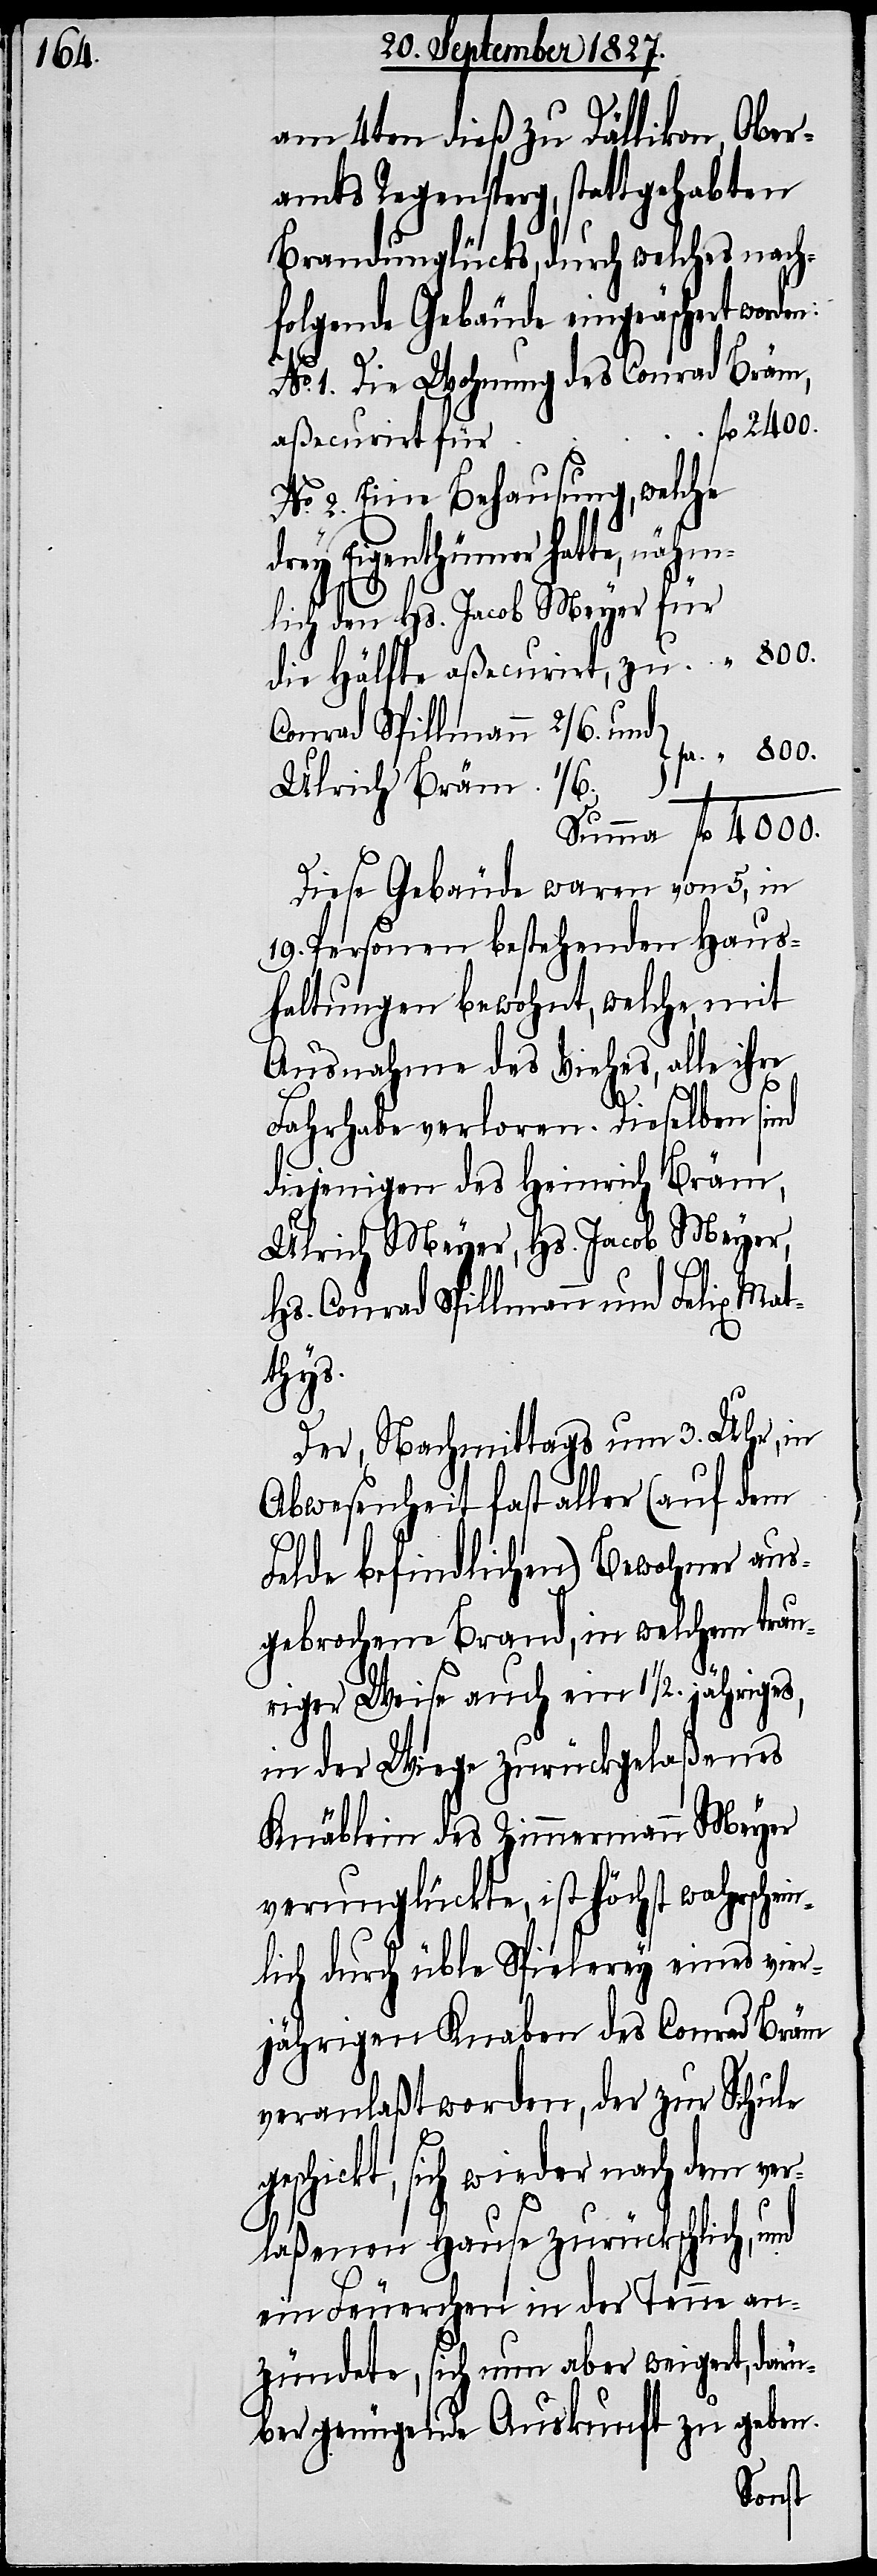
am 4ten dieß zu Dällikon, Ober¬
amts Regensperg, stattgehabten
Brandunglücks, durch welches nach¬
folgende Gebäude eingeäschert wor¬
No. 1. Die Wohnung des Conrad Bräm,
No. 2. Eine Behausung, welche
lich den Hs. Jacob Meyer für
die Hälfte aßecurirt, zu	“	 800.
Conrad Spillmann 2/6. und
Ulrich Bräm 1/6.
Summa 	fl.	4000.
Diese Gebäude waren von 5, in
19. Personen bestehenden Haus¬
haltungen bewohnt, welche, mit
Ausnahme des Viehes, alle ihre
Fahrhabe verloren. Dieselben sind
diejenigen des Heinrich Bräm,
Ulrich Meyer, Hs. Jacob Meyer,
Hs. Conrad Spillmann und Felix Mat¬
thys.
Der, Nachmittags um 3. Uhr, in
Abwesenheit fast aller (auf dem
Felde befindlichen) Bewohner aus¬
gebrochene Brand, in welchem trau¬
riger Weise auch ein 1 ½. jähriges,
in der Wiege zurückgelaßenes
Knäblein des Zimmermann Meyer
verunglückte, ist höchst wahrschei¬
nlich durch üble Spielerey eines vier¬
jährigen Knaben des Conrad Bräm
veranlaßt worden, der zur Schule
geschickt, sich wieder nach dem ver¬
laßenen Hause zurückschlich, und
ein Feuerchen in der Tenne an¬
zündete, sich nun aber weigert, darü¬
ber genügende Auskunft zu geben.
nähm¬